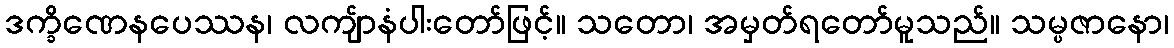
ဒက္ခိဏေနပေဿန၊ လကျ်ာနံပါးတော်ဖြင့်။ သတော၊ အမှတ်ရတော်မူသည်။ သမ္ပဇာနော၊